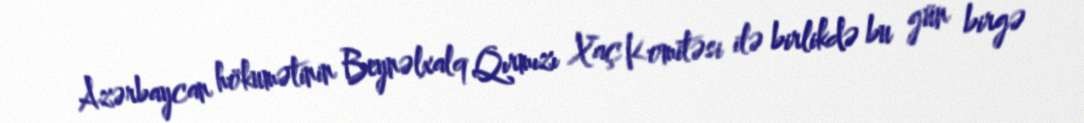
Azərbaycan hökumətinin Beynəlxalq Qırmızı Xaç Komitəsi ilə birlikdə bu gün birgə